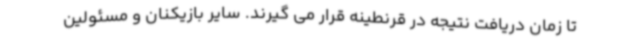
تا زمان دریافت نتیجه در قرنطینه قرار می گیرند. سایر بازیکنان و مسئولین